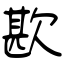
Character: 歁